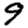
Digit: 9